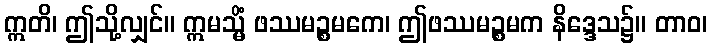
ဣတိ၊ ဤသို့လျှင်။ ဣမသ္မိံ ဖဿမဉ္စမကေ၊ ဤဖဿမဉ္စမက နိဒ္ဒေသ၌။ တာဝ၊